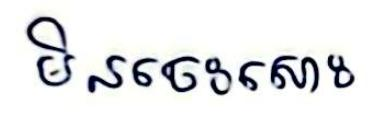
មិនចេះសោះ